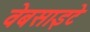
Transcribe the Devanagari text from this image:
वेबसाइटे